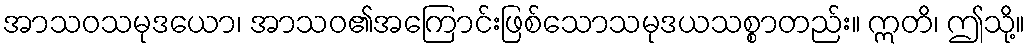
အာသဝသမုဒယော၊ အာသဝ၏အကြောင်းဖြစ်သောသမုဒယသစ္စာတည်း။ ဣတိ၊ ဤသို့။